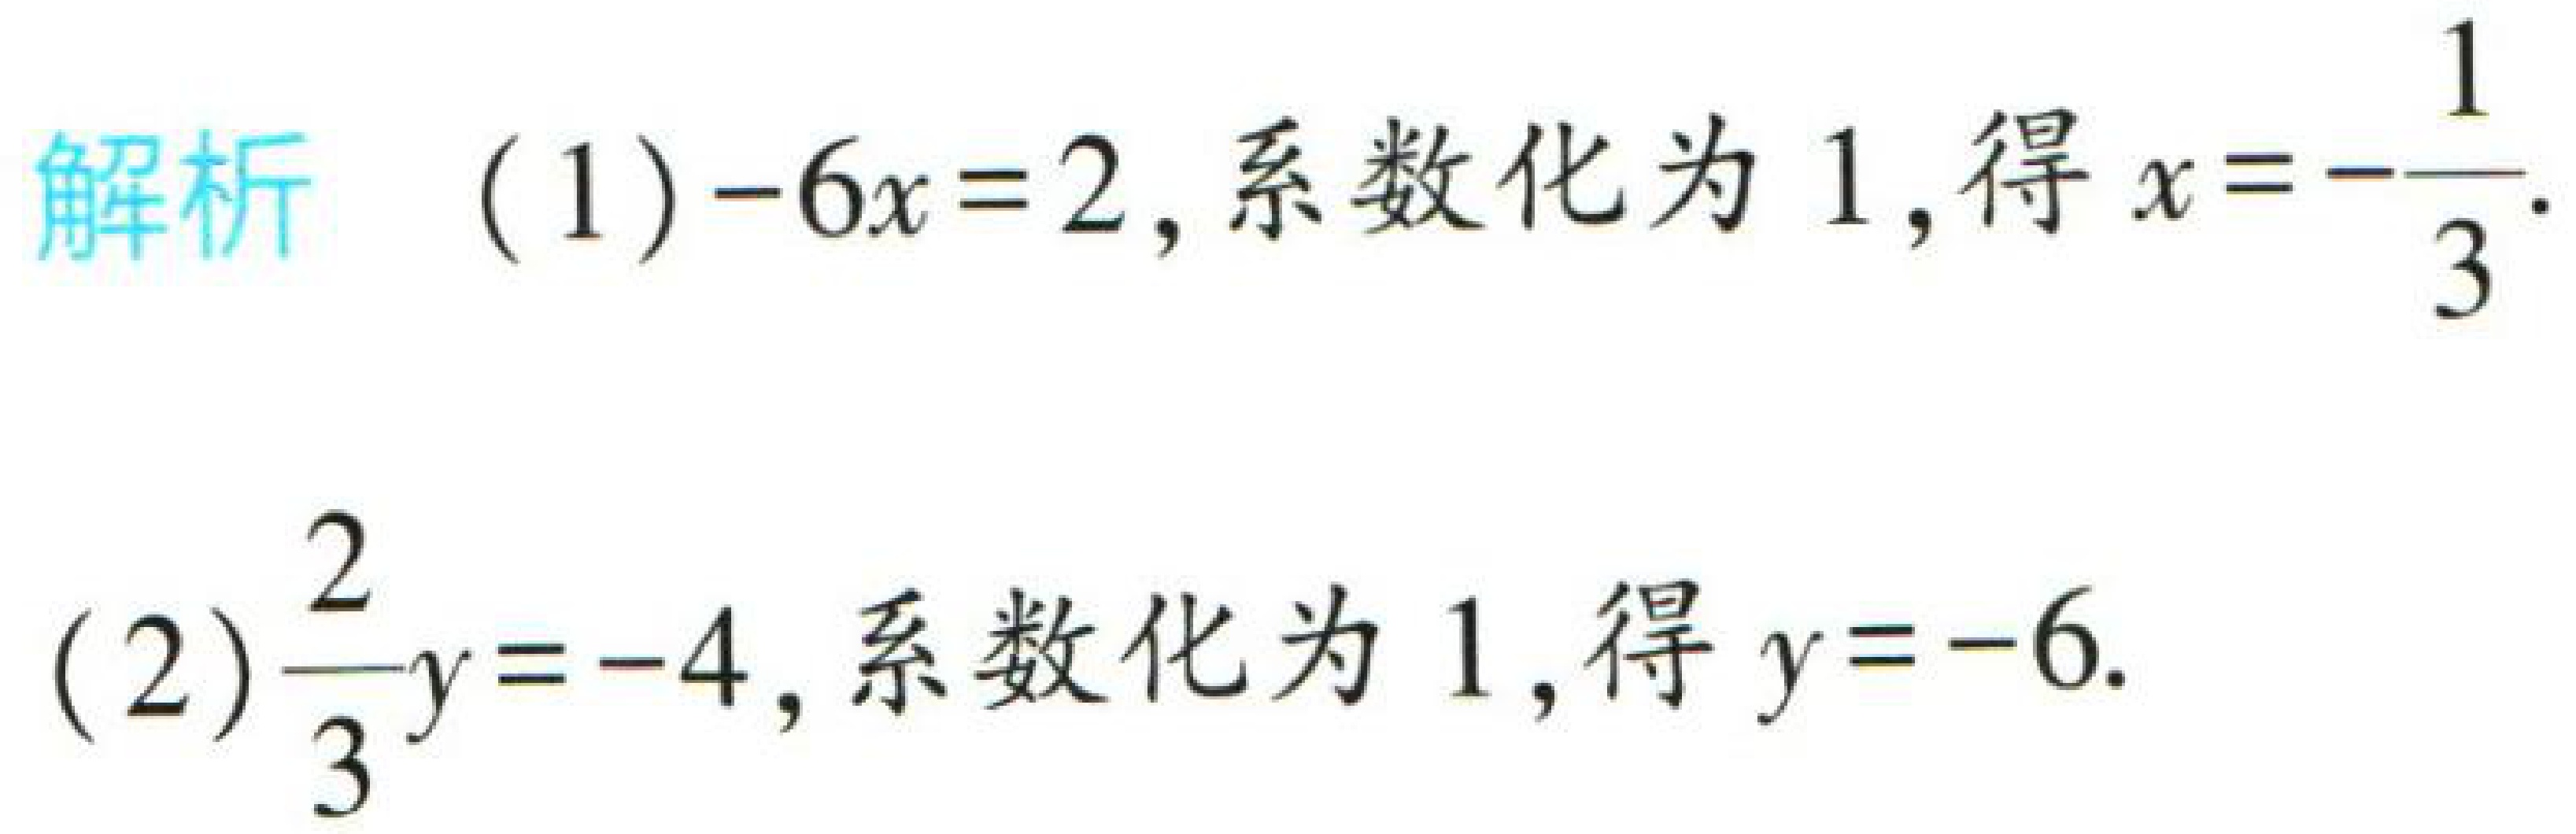
解析  (1) \(-6x = 2\), 系数化为 1, 得 \(x = -\dfrac{1}{3}\).

(2) \(\dfrac{2}{3}y = -4\), 系数化为 1, 得 \(y = -6\).